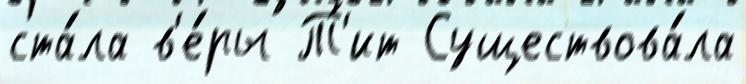
ста́ла в'е́ры Т'ит Существова́ла